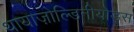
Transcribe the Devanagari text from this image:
थायाज़ोल्डिनीयोड्स